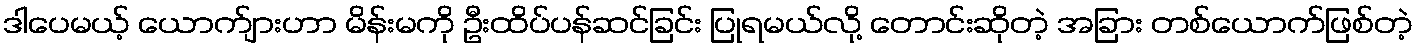
ဒါပေမယ့် ယောက်ျားဟာ မိန်းမကို ဦးထိပ်ပန်ဆင်ခြင်း ပြုရမယ်လို့ တောင်းဆိုတဲ့ အခြား တစ်ယောက်ဖြစ်တဲ့